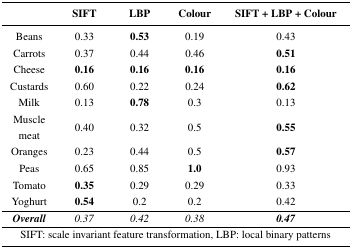
<table><thead><tr><td></td><td><b>SIFT</b></td><td><b>LBP</b></td><td><b>Colour</b></td><td><b>SIFT + LBP + Colour</b></td></tr></thead><tbody><tr><td>Beans</td><td>0.33</td><td><b>0.53</b></td><td>0.19</td><td>0.43</td></tr><tr><td>Carrots</td><td>0.37</td><td>0.44</td><td>0.46</td><td><b>0.51</b></td></tr><tr><td>Cheese</td><td><b>0.16</b></td><td><b>0.16</b></td><td><b>0.16</b></td><td><b>0.16</b></td></tr><tr><td>Custards</td><td>0.60</td><td>0.22</td><td>0.24</td><td><b>0.62</b></td></tr><tr><td>Milk</td><td>0.13</td><td><b>0.78</b></td><td>0.3</td><td>0.13</td></tr><tr><td>Muscle meat</td><td>0.40</td><td>0.32</td><td>0.5</td><td><b>0.55</b></td></tr><tr><td>Oranges</td><td>0.23</td><td>0.44</td><td>0.5</td><td><b>0.57</b></td></tr><tr><td>Peas</td><td>0.65</td><td>0.85</td><td><b>1.0</b></td><td>0.93</td></tr><tr><td>Tomato</td><td><b>0.35</b></td><td>0.29</td><td>0.29</td><td>0.33</td></tr><tr><td>Yoghurt</td><td><b>0.54</b></td><td>0.2</td><td>0.2</td><td>0.42</td></tr><tr><td><b><i>Overall</i></b></td><td><i>0.37</i></td><td><i>0.42</i></td><td><i>0.38</i></td><td><b><i>0.47</i></b></td></tr><tr><td colspan="5">SIFT: scale invariant feature transformation, LBP: local binary patterns</td></tr></tbody></table>